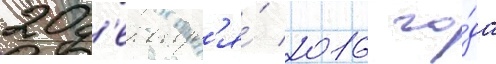
20 д'екабр'я́ 2016 го́да